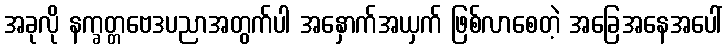
အခုလို နက္ခတ္တဗေဒပညာအတွက်ပါ အနှောက်အယှက် ဖြစ်လာစေတဲ့ အခြေအနေအပေါ်